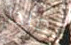
لماذا